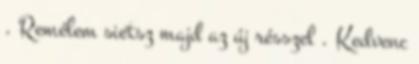
. Remélem sietsz majd az új résszel . Kedvenc